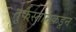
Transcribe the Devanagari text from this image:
तुर्कस्तानकडून